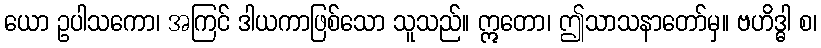
ယော ဥပါသကော၊ အကြင် ဒါယကာဖြစ်သော သူသည်။ ဣတော၊ ဤသာသနာတော်မှ။ ဗဟိဒ္ဓါ စ၊